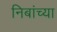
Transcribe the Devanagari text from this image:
निबांच्या